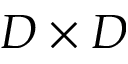
D \times D